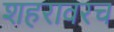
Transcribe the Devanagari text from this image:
शहरावरच